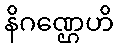
နိဂဏ္ဌေဟိ